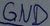
Text: GND